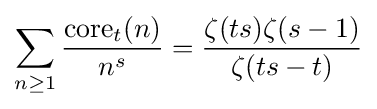
\sum _{n\geq 1}{\frac {\mathrm {core} _{t}(n)}{n^{s}}}={\frac {\zeta (ts)\zeta (s-1)}{\zeta (ts-t)}}